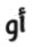
أو